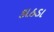
કાઠડા